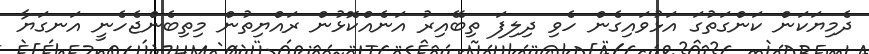
ދެމިޔަކަން ކަންގަތުގަ އަޅުވައިގެން ހެވި ދިލިފަ ތިބޭއިރު އަނެއްކޮޅުން ރައްޔިތުން މިތިބެންޖެހެނީ އަނގަޔާ